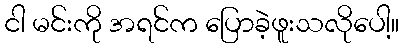
ငါ မင်းကို အရင်က ပြောခဲ့ဖူးသလိုပေါ့။